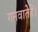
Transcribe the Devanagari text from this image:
गनवातेहें।